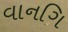
વાનગિ